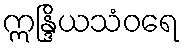
ဣန္ဒြိယသံဝရေ